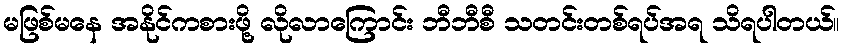
မဖြစ်မနေ အနိုင်ကစားဖို့ လိုလာကြောင်း ဘီဘီစီ သတင်းတစ်ရပ်အရ သိရပါတယ်။